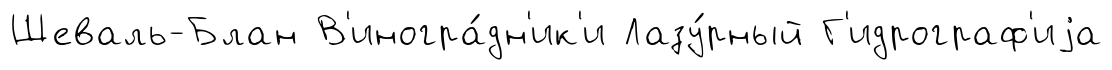
Шеваль-Блан В'иногра́дн'ик'и Лазу́рный Г'идрограф'иjа